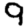
Digit: 9